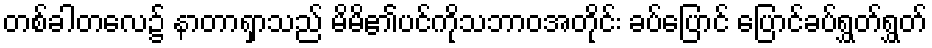
တစ်ခါတလေ၌ နာတာရှာသည် မိမိ၏ပင်ကိုသဘာဝအတိုင်း ခပ်ပြောင် ပြောင်ခပ်ရွှတ်ရွှတ်